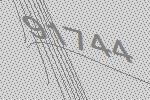
91744